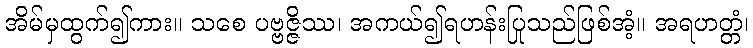
အိမ်မှထွက်၍ကား။ သစေ ပဗ္ဗဇ္ဇိဿ၊ အကယ်၍ရဟန်းပြုသည်ဖြစ်အံ့။ အရဟတ္တံ၊